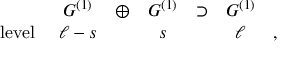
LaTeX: \begin{array} { r c c c c c c } { { } } & { { { \cal G } ^ { ( 1 ) } } } & { { \oplus } } & { { { \cal G } ^ { ( 1 ) } } } & { { \supset } } & { { { \cal G } ^ { ( 1 ) } } } & { { } } \\ { { \mathrm { l e v e l ~ } } } & { { \ell - s } } & { { } } & { { s } } & { { } } & { { \ell } } & { { , } } \end{array}